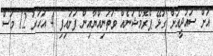
އަށް ސައުދީއަށް ގުޅޭ ޕްރޮމޯޝަނެއް ވަތަނިއްޔާއިން ފަށައިފި 4 އަހަރު 12 މަސް